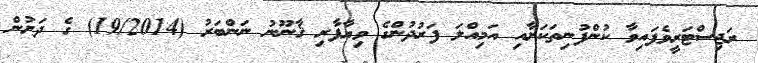
ރަޖިސްޓަރީވެފައިވާ ކުންފުނިތަކަށާއި އަމިއްލަ ފަރުދުންގެ ވިޔާފާރި ޤާނޫނު ނަންބަރު (19/2014) ގެ ދަށުން